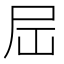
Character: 𪨉